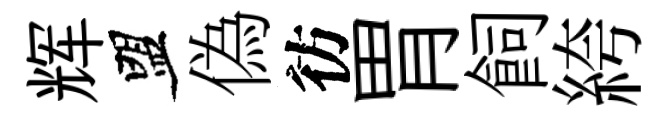
辉盟偽彷胃飼絝